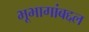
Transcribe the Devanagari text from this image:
भूभागांबद्दल